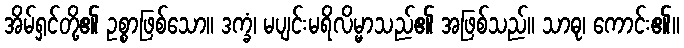
အိမ်ရှင်တို့၏ ဥစ္စာဖြစ်သော။ ဒက္ခံ၊ မပျင်းမရိလိမ္မာသည်၏ အဖြစ်သည်။ သာဓု၊ ကောင်း၏။